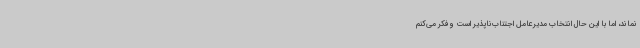
نماند، اما با این حال انتخاب مدیرعامل اجتناب‌ناپذیر است و فکر می‌کنم